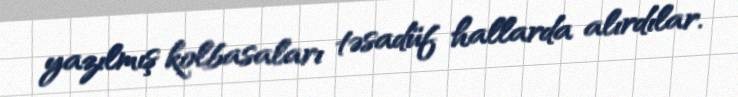
yazılmış kolbasaları təsadüf hallarda alırdılar.